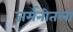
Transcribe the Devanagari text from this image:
जर्मनीतला